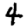
Digit: 4